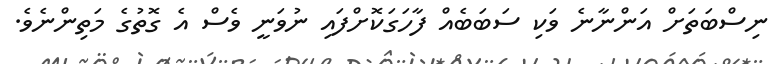
ނިސްބަތަށް އަންނާނެ ވަކި ސަބަބެއް ފާހަގަަކޮށްފައި ނުވަނީ ވެސް އެ ގޮތުގެ މަތިންނެވެ.